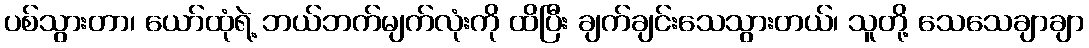
ပစ်သွားတာ၊ ယော်ထုံရဲ့ ဘယ်ဘက်မျက်လုံးကို ထိပြီး ချက်ချင်းသေသွားတယ်၊ သူတို့ သေသေချာချာ